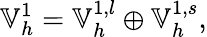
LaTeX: \mathbb{V}_{h}^{1}=\mathbb{V}_{h}^{1,l}\oplus\mathbb{V}_{h}^{1,s},